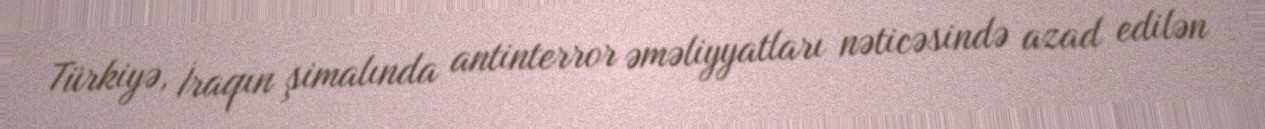
Türkiyə, İraqın şimalında antinterror əməliyyatları nəticəsində azad edilən